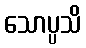
သောပ္ပသိ